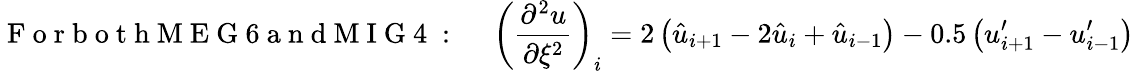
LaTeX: \mathrm{~F~o~r~b~o~t~h~M~E~G~6~a~n~d~M~I~G~4~:~}\quad\left(\frac{\partial^{2}u}{\partial\xi^{2}}\right)_{i}=2\left(\hat{u}_{i+1}-2\hat{u}_{i}+\hat{u}_{i-1}\right)-0.5\left(u_{i+1}^{\prime}-u_{i-1}^{\prime}\right)